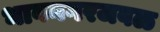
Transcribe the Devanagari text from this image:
भावनगरजवळ